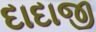
દાદાજી